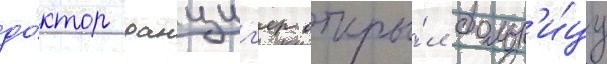
до́ктор данциг'ер откры́л больн'и́цу